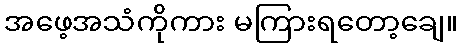
အဖေ့အသံကိုကား မကြားရတော့ချေ။